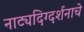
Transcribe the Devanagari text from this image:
नाट्यदिग्दर्शनाचे